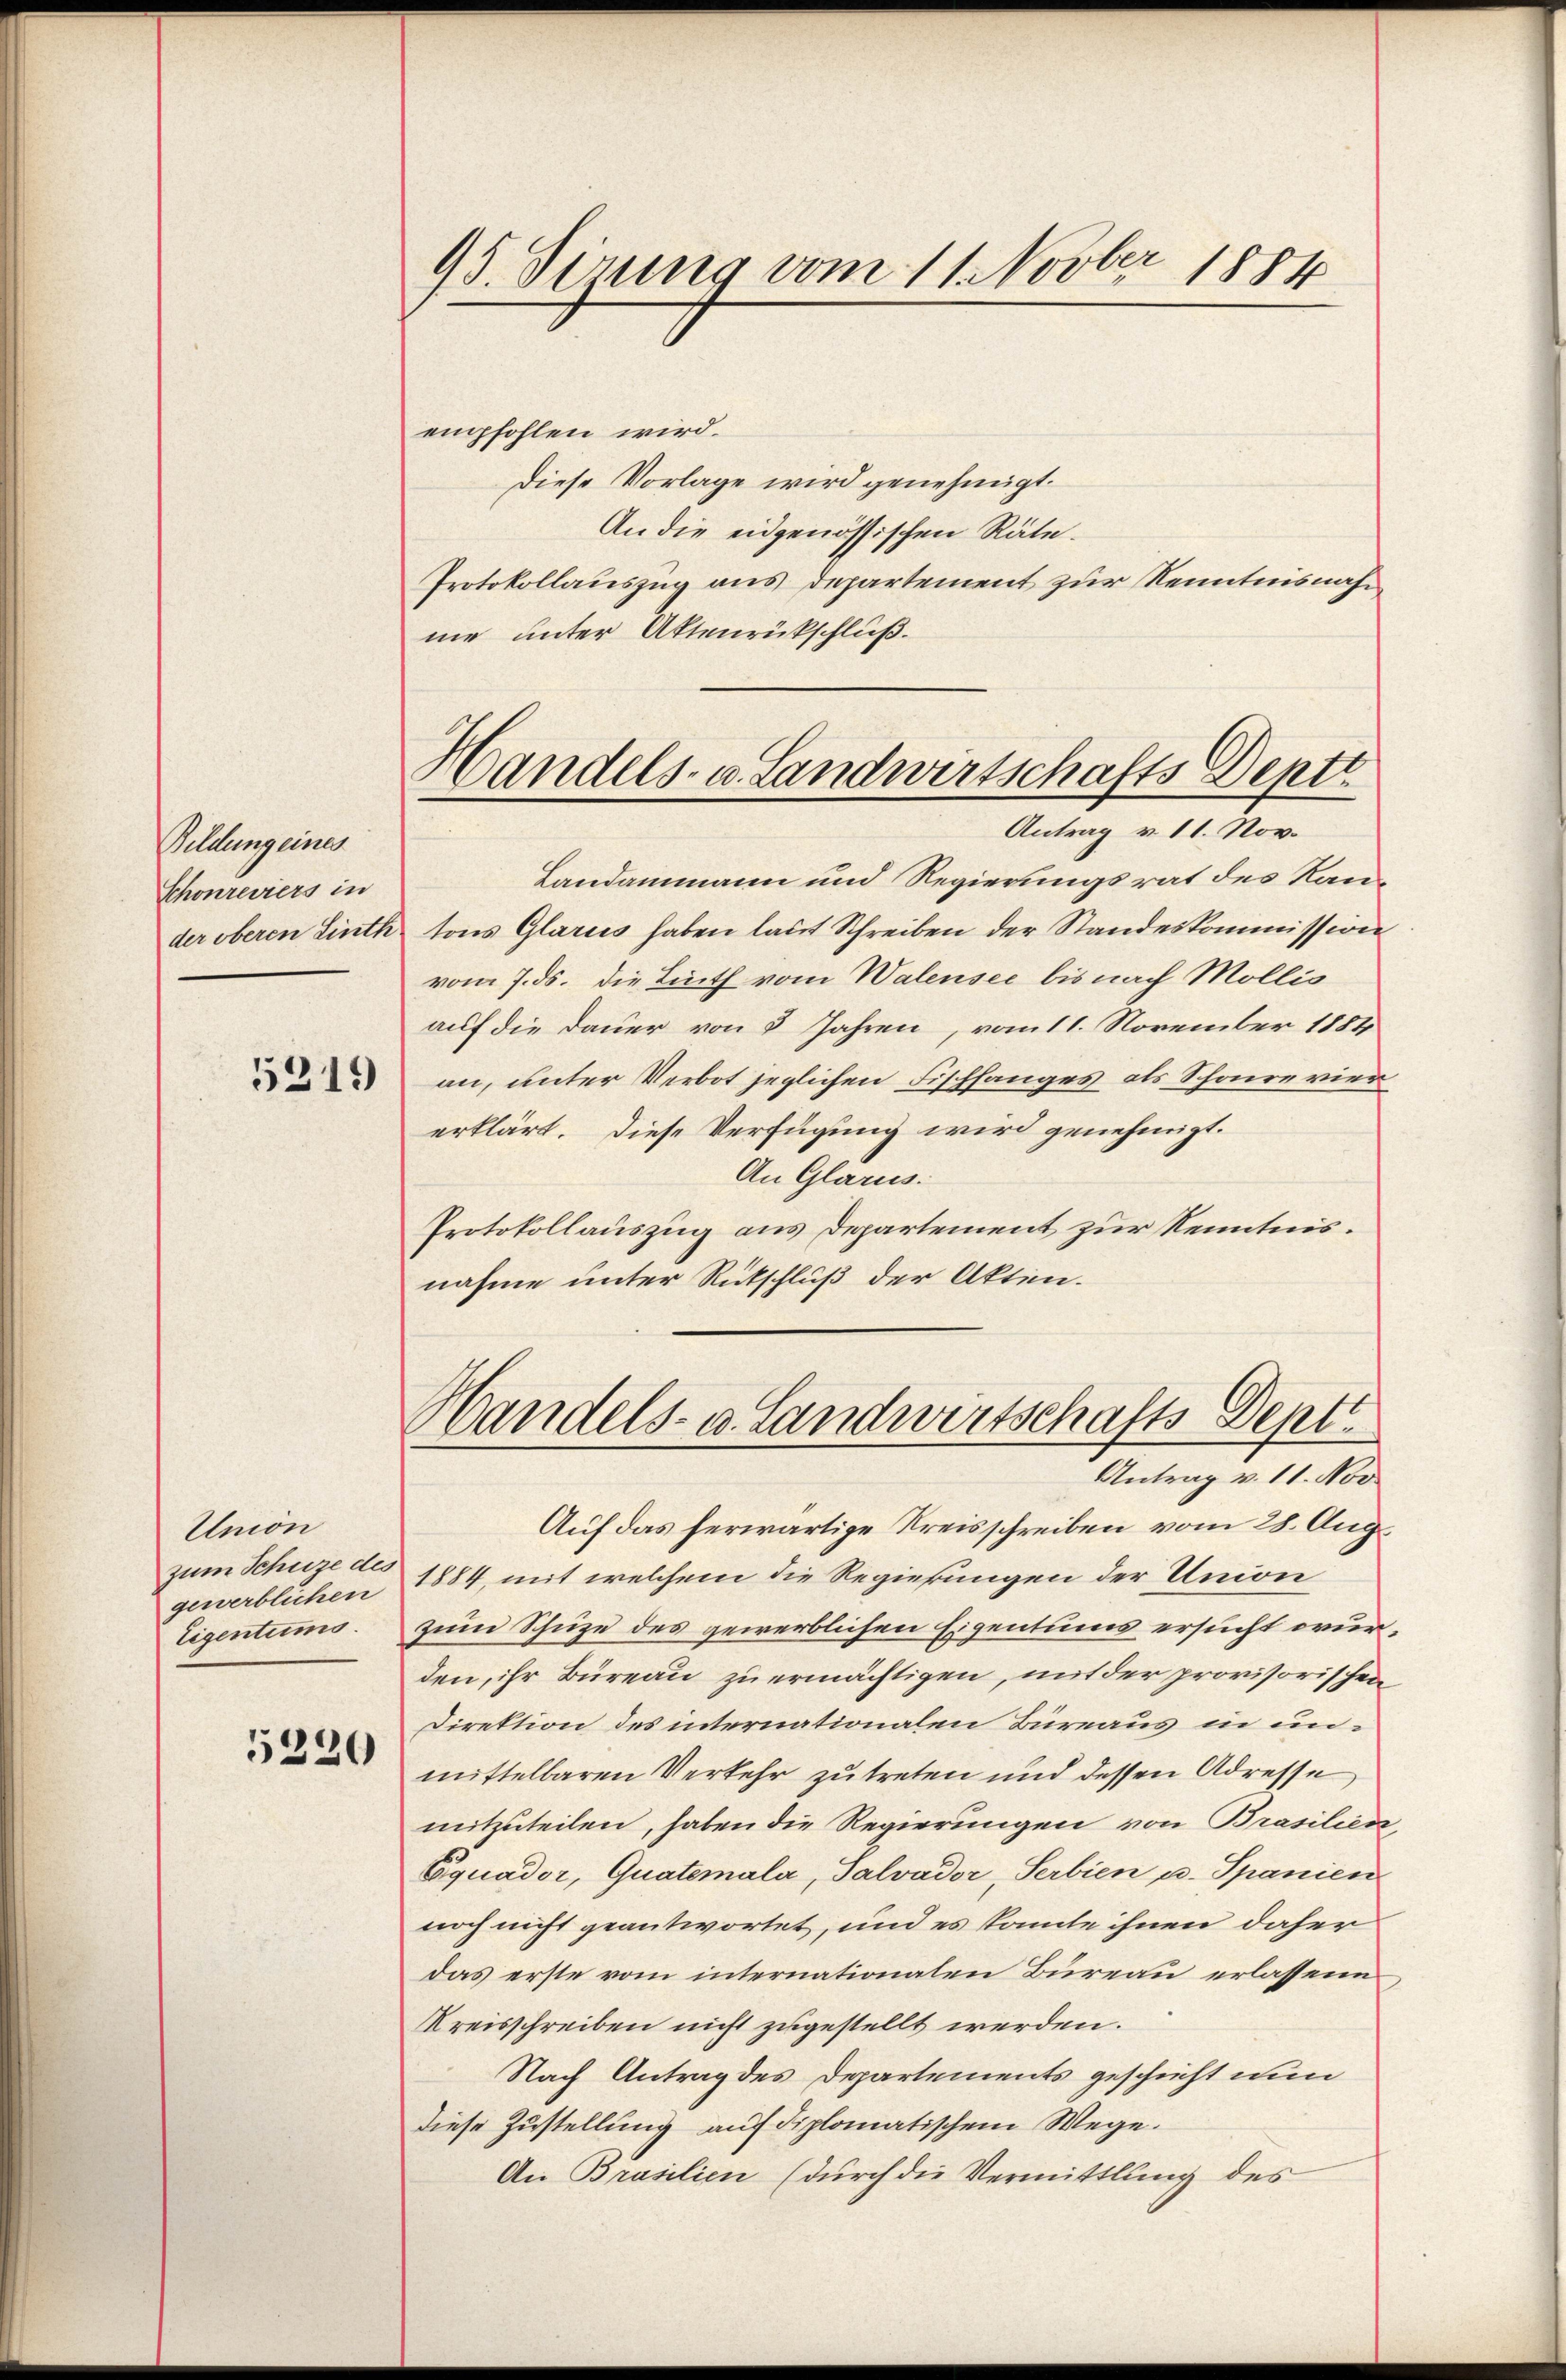
Bildung eines
Schonreviers in
der oberen Linth

5219

Union
gewerblichen
Eigentums.

5320

95. Sirung vom 11. Novber 1884

empfohlen wird.
Diese Vorlage wird genehmigt.
An die eidgenössischen Räte.
Protokollauszug aus Departement zur Kenntnisnahnie unter Aktenrückschluß.
Landammann und Regierungsrat des Kan¬
 tons Glarus haben laut Schreiben der Standeskommission
vom 7. ds. die Linth vom Walensee bis nach Mollis
auf die Dauer von 5 Jahren, vom 11. November 1884
an, unter Verbot jeglichen Fischfanges als Schore vier
erklärt. Diese Verfügung wird genehmigt.
An Glarus.
Protokollauszug aus Departement zur Kenntnis.
nahme unter Rückschluß der Akten.
Handels- u. Landwirtschafts-Dept
Antrag v. 11. Nov
Auf das herwärtige Kreisschreiben vom 28. Aug.
zum Schuze des 1884, mit welchem die Regierungen der Union
zum Schuze des gewerblichen Eigentums ersucht wurden, ihr Büreau zu ermächtigen, mit der provisorischen
Direktion des internationalen Büreaus in unmittelbaren Verkehr zutreten und dessen Adresse
mitzuteilen, haben die Regierungen von Brasilien,
Equador, Quatemala, Salvador, Serbien u. Spanien
noch nicht geantwortet, und es konnte ihnen daher
das erste vom internationalen Bureau erlassene
Kreisschreiben nicht zugestellt werden.
Nach Antrag des Departements geschieht nun
diese Zustellung auf diplomatischem Wege.
An Brasilien (durch die Vermittlung des

Handels- u. Landwirtschafts-Deptt
Antrag v. 11. Nov.